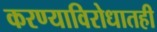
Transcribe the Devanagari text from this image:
करण्याविरोधातही